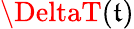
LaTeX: \DeltaT(\mathfrak{t})